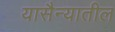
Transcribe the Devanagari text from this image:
यासैन्यातील